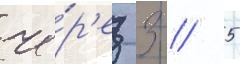
че́р'ез 3 / 5